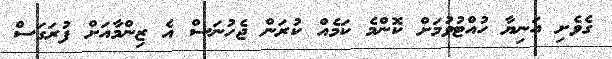
ގެވެށި އަނިޔާ ހުއްޓުވުމަށް ކޮންމެ ކަމެއް ކުރަން ޖެހުނަސް އެ ޒިންމާއަށް ފުރަގަސް